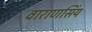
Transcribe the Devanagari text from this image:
वाराणसिंय